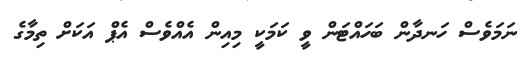
ނަމަވެސް ހަނދާން ބަހައްޓަން ވީ ކަމަކީ މިއިން އެއްވެސް އެޕް އަކަށް ތިމާގެ